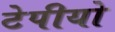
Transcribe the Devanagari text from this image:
टेपीयो